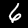
Label: 6